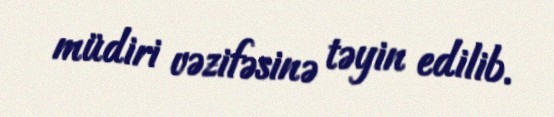
müdiri vəzifəsinə təyin edilib.